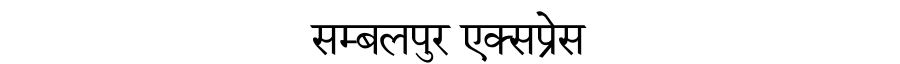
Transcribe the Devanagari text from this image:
सम्बलपुर एक्सप्रेस